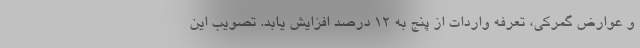
و عوارض گمرکی، تعرفه واردات از پنج به ۱۲ درصد افزایش یابد. تصویب این